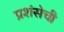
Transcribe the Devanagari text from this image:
प्रशंसेची